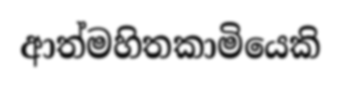
ආත්මහිතකාමියෙකි